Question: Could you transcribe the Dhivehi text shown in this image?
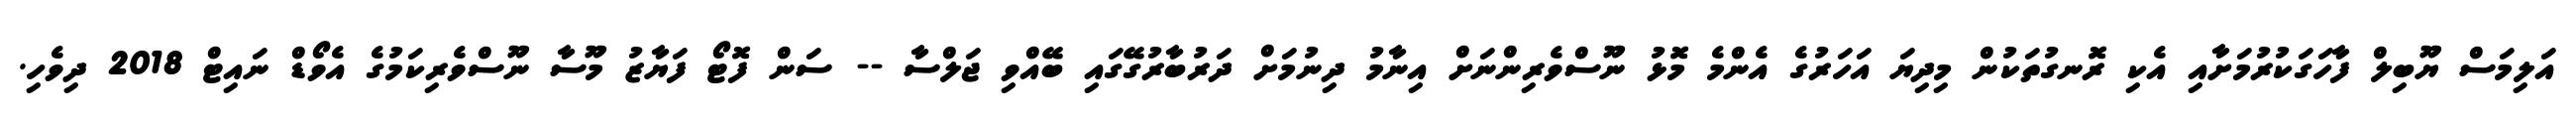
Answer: އަލިމަސް ޔޫބިލް ފާހަގަކުރުމަށާއި އެކި ރޮނގުތަކުން މިދިޔަ އަހަރުގެ އެންމެ މޮޅު ނޫސްވެރިންނަށް އިނާމު ދިނުމަށް ދަރުބާރުގޭގައި ބޭއްވި ޖަލްސާ -- ސަން ފޮޓޯ ފަޔާޒު މޫސާ ނޫސްވެރިކަމުގެ އެވޯޑް ނައިޓް 2018 ދިވެހި.